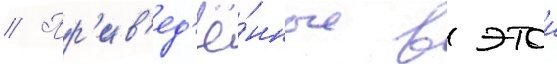
// Пр'ив'ед'ё́нные в этои